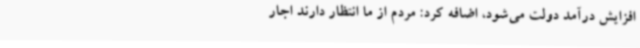
افزایش درآمد دولت می‌شود، اضافه کرد: مردم از ما انتظار دارند اجار